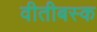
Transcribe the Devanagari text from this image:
वीतीबस्क